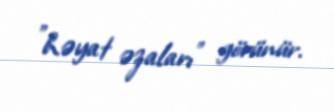
"həyat əzaları" görünür.